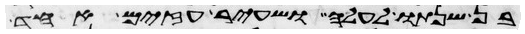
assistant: בן שנתו לעלה ושעיר עזים אחד